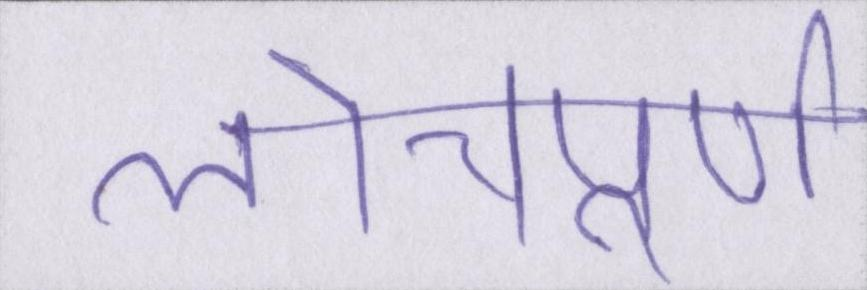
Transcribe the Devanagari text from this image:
लोचपूर्ण